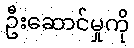
ဦးဆောင်မှုကို